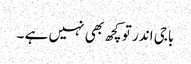
باجی اندر تو کچھ بھی نہیں ہے ۔